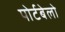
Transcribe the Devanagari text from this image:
पोर्टबेलो